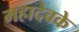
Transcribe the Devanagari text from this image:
महादेवके